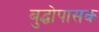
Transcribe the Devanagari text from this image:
बुद्धोपासक